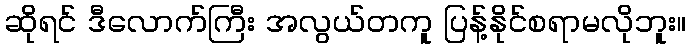
ဆိုရင် ဒီလောက်ကြီး အလွယ်တကူ ပြန့်နိုင်စရာမလိုဘူး။